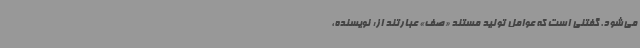
می‌شود. گفتنی است که عوامل تولید مستند «صف» عبارتند از: نویسنده،